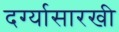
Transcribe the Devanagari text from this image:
दर्ग्यासारखी